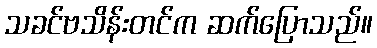
သခင်ဗသိန်းတင်က ဆက်ပြောသည်။